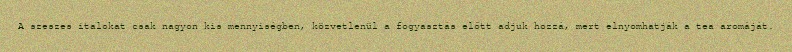
A szeszes italokat csak nagyon kis mennyiségben, közvetlenül a fogyasztás előtt adjuk hozzá, mert elnyomhatják a tea aromáját.